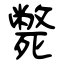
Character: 斃